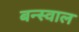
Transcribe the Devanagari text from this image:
बन्स्वाल